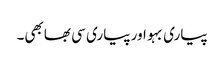
پیاری بہو اور پیاری سی بھابھی۔